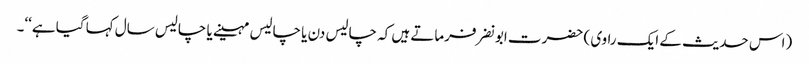
(اس حدیث کے ایک راوی ) حضرت ابونضر فرماتے ہیں کہ چالیس دن یا چالیس مہینے یا چالیس سال کہا گیا ہے‘‘۔